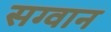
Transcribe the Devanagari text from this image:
सग्वान